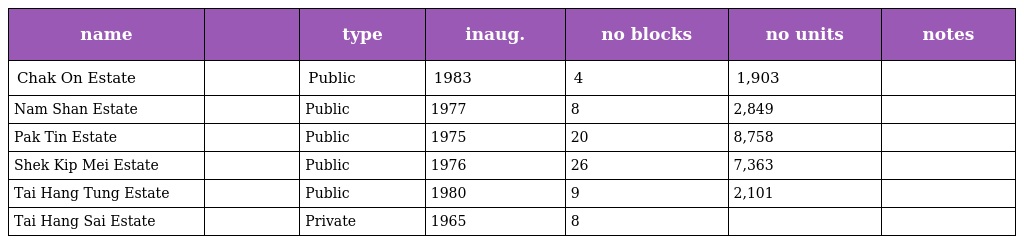
| name |  | type | inaug. | no blocks | no units | notes |
 | --- | --- | --- | --- | --- | --- | --- |
 | Chak On Estate | 澤安邨 | Public | 1983 | 4 | 1,903 |  |
 | Nam Shan Estate | 南山邨 | Public | 1977 | 8 | 2,849 |  |
 | Pak Tin Estate | 白田邨 | Public | 1975 | 20 | 8,758 |  |
 | Shek Kip Mei Estate | 石硤尾邨 | Public | 1976 | 26 | 7,363 |  |
 | Tai Hang Tung Estate | 大坑東邨 | Public | 1980 | 9 | 2,101 |  |
 | Tai Hang Sai Estate | 大坑西邨 | Private | 1965 | 8 |  |  |